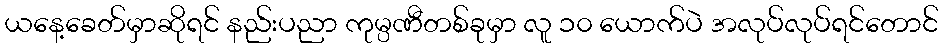
ယနေ့ခေတ်မှာဆိုရင် နည်းပညာ ကုမ္ပဏီတစ်ခုမှာ လူ ၁၀ ယောက်ပဲ အလုပ်လုပ်ရင်တောင်